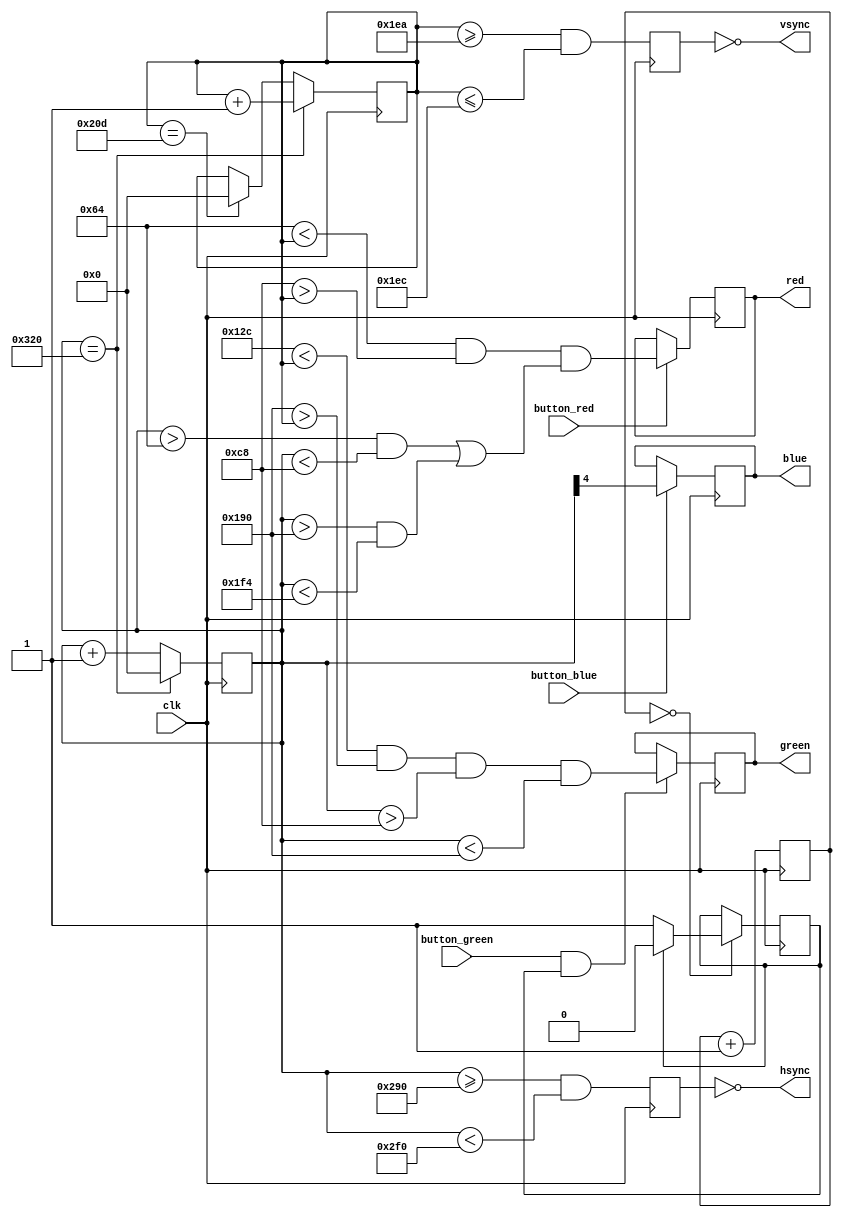
module vga(
	input clk,
	input button_red,
	input button_green,
	input button_blue,
	output reg red,
	output reg green,
	output reg blue,
	output hsync,
	output vsync
);

parameter F_CLK = 25175000;
parameter HSYNC = F_CLK/60;
parameter VSYNC = F_CLK/31500;
parameter X = 800;
parameter Y = 525;


//X ~ 32kHz
reg [9:0] CountX;
reg [9:0] CountY;
reg [23:0] CountA;
//wire Xmax = (CountX==VSYNC);


always @(posedge clk)
begin
if(CountX == X)
	CountX <= 0;
else
  CountX <= CountX + 1;
end
//Xend

always @(posedge clk)
begin
	if(CountA == F_CLK*500)
		CountA <= 0;
	else
		CountA <= CountA+1;
end

//Y ~ 60Hz
//wire Ymax = (CountY == HSYNC);
always @(posedge clk)
begin
	if (CountX == X)
		CountY <= CountY+1;
	else if (CountY == Y)
		CountY <= 0;
		
end
//-Y

//genrate hsync vsync
reg hsync_i, vsync_i;

always @(posedge clk)
begin
	hsync_i <= (CountX >= 656 & CountX < 752);
	vsync_i <= (CountY >= 490 & CountY <= 492);
end

reg animCounter =1;

always @(posedge clk)
begin
	if(CountA == 0)
	begin
		if (animCounter==0) animCounter=1;
		else animCounter=0;
	end
end

assign hsync = ~hsync_i;
assign vsync = ~vsync_i;


//assign red = CountX | (CountX == 256);
//assign green = (CountX[5]^CountX[6])|(CountX == 256);
//assign blue = CountX[4]|(CountX == 256);

always @(posedge clk)
begin
	if(button_red)
		red <= 100<CountY && 200> CountY && ((CountX>100 && CountX<200) || (CountX>400 && CountX<500));
	if(button_green && animCounter)
		green <= 300<CountY && 400> CountY && CountX>200 && CountX<400;
	if(button_blue)
		blue <= CountX[4];
end


endmodule